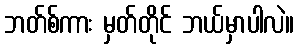
ဘတ်စ်ကား မှတ်တိုင် ဘယ်မှာပါလဲ။